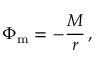
\Phi _ { \mathrm { m } } = - \frac { M } { r } \, ,